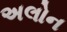
અલોન